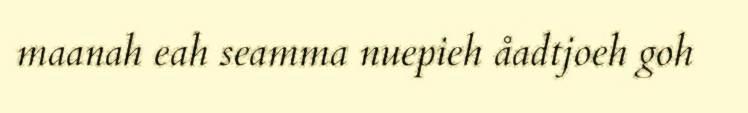
maanah eah seamma nuepieh åadtjoeh goh